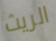
الريث